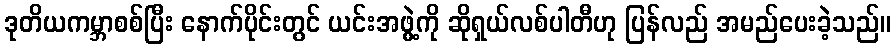
ဒုတိယကမ္ဘာစစ်ပြီး နောက်ပိုင်းတွင် ယင်းအဖွဲ့ကို ဆိုရှယ်လစ်ပါတီဟု ပြန်လည် အမည်ပေးခဲ့သည်။